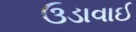
ઉડાવાઈ